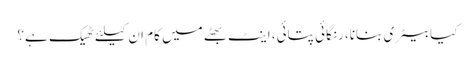
کیا بیٹری بنانا، رنگائی پتائی، اینٹ بھٹے میں کام ان کیلئے ٹھیک ہے؟